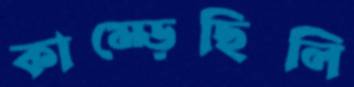
কাম্‌ড়েছিলি